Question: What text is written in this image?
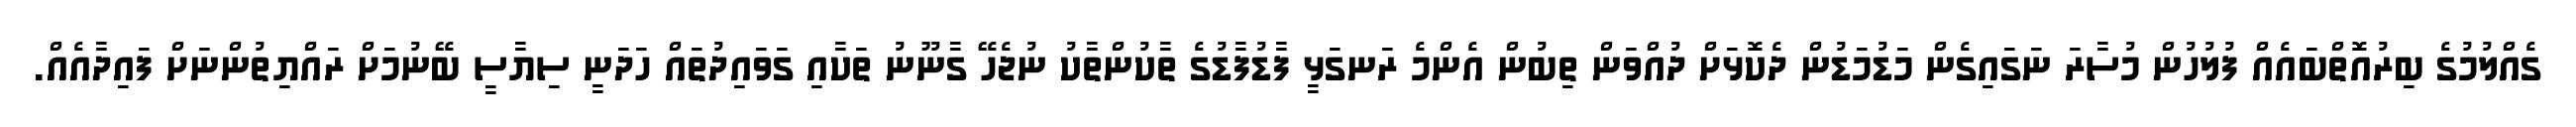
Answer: ގެއްލުމުގެ ބިރުއޮތްބައެއް ފުލުހުން މުސާރަ ނަގައިގެން މަޑުމަޑުން ދެކޮޅަށް ދުއްވަން ތިބުން އެންމެ ރަނގަޅީ ފާޑުފާޑުގެ ތާކުންތާކު ނުޖެހޭ ގާނޫނު ތަކާއި ގަވައިދުތައް ހަދަނީ ސިޔާސީ ބޭނުމަށް ރައްޔިތުންނަށް ފައިދާއެއް.